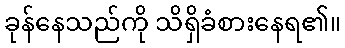
ခုန်နေသည်ကို သိရှိခံစားနေရ၏။